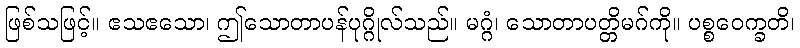
ဖြစ်သဖြင့်။ ဧသဧသော၊ ဤသောတာပန်ပုဂ္ဂိုလ်သည်။ မဂ္ဂံ၊ သောတာပတ္တိမဂ်ကို။ ပစ္စဝေက္ခတိ၊